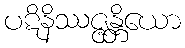
ပဋိနိဿဇ္ဇန္တိယော